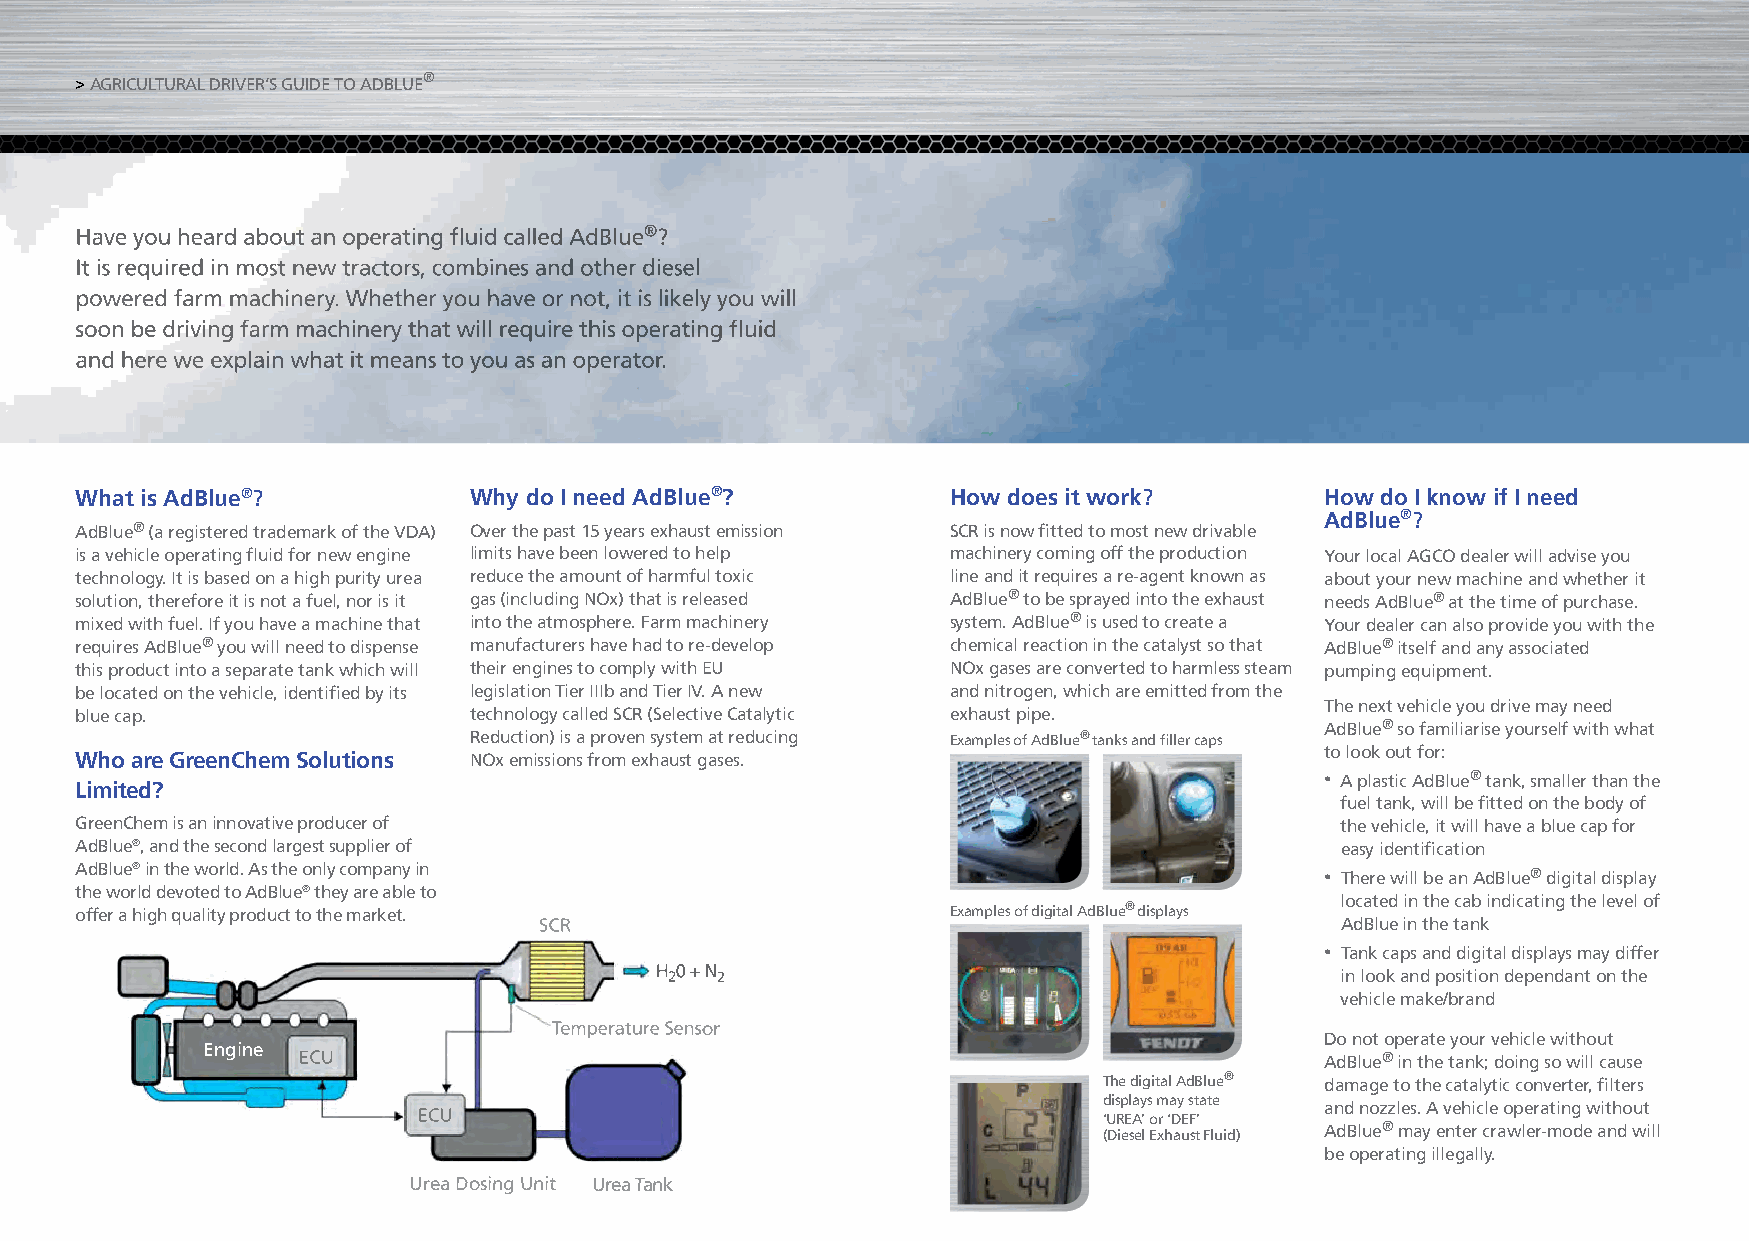
> AGRICULTURAL DRIVER’S GUIDE TO ADBLUE®
 Have you heard about an operating fl uid called AdBlue®?
 It is required in most new tractors, combines and other diesel
 powered farm machinery. Whether you have or not, it is likely you will
 soon be driving farm machinery that will require this operating fl uid
 and here we explain what it means to you as an operator.
 What is AdBlue®?          Why do I need AdBlue®?          How does it work?        How do I know if I need
 AdBlue®?
 AdBlue® (a registered trademark of the VDA) Over the past 15 years exhaust emission SCR is now fi tted to most new drivable
 is a vehicle operating fl uid for new engine limits have been lowered to help machinery coming off the production Your local AGCO dealer will advise you
 technology. It is based on a high purity urea reduce the amount of harmful toxic line and it requires a re-agent known as about your new machine and whether it
 solution, therefore it is not a fuel, nor is it gas (including NOx) that is released AdBlue® to be sprayed into the exhaust needs AdBlue® at the time of purchase.
 mixed with fuel. If you have a machine that into the atmosphere. Farm machinery system. AdBlue® is used to create a Your dealer can also provide you with the
 requires AdBlue® you will need to dispense manufacturers have had to re-develop chemical reaction in the catalyst so that AdBlue® itself and any associated
 this product into a separate tank which will their engines to comply with EU NOx gases are converted to harmless steam pumping equipment.
 be located on the vehicle, identifi ed by its legislation Tier IIIb and Tier IV. A new and nitrogen, which are emitted from the
 The next vehicle you drive may need
 blue cap.                 technology called SCR (Selective Catalytic exhaust pipe.
 AdBlue® so familiarise yourself with what
 Reduction) is a proven system at reducing Examples of AdBlue® tanks and fi ller caps
 to look out for:
 Who are GreenChem Solutions NOx emissions from exhaust gases.
 • A plastic AdBlue® tank, smaller than the
 Limited?
 fuel tank, will be fi tted on the body of
 GreenChem is an innovative producer of                                              the vehicle, it will have a blue cap for
 AdBlue®, and the second largest supplier of                                         easy identifi cation
 AdBlue® in the world. As the only company in                                       • There will be an AdBlue® digital display
 the world devoted to AdBlue® they are able to
 located in the cab indicating the level of
 offer a high quality product to the market.               Examples of digital AdBlue® displays
 SCR                                                  AdBlue in the tank
 • Tank caps and digital displays may differ
 H 200 ++ NN 2                                 in look and position dependant on the
 vehicle make/brand
 TTeemmppeerraattuurree SSeennssoorr
 Do not operate your vehicle without
 Engine
 ECU                                                                 AdBlue® in the tank; doing so will cause
 The digital AdBlue® damage to the catalytic converter, fi lters
 displays may state
 and nozzles. A vehicle operating without
 ECU                                          ‘UREA’ or ‘DEF’
 (Diesel Exhaust Fluid) AdBlue® may enter crawler-mode and will
 be operating illegally.
 UUrreeaa DDoossiinngg UUnniitt UUrreeaa TTaannkk